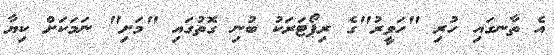
އެ ތާނގައި ހުރި "ހަވީރު"ގެ ރިޕޯޓަރަކު ބުނި ގޮތުގައި "މަށި" ނަމަކަށް ކިޔާ